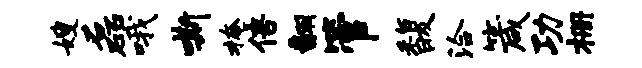
嫂磊哦嘶掩倍翻管馥洽箴功栅